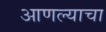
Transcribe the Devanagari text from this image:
आणल्याचा